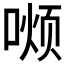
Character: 𫫏